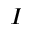
I